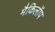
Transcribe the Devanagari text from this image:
मैकिलॉप